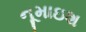
નૂમાઇશ